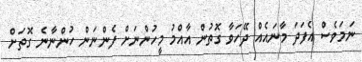
ނަމަވެސް އެފަދަ މާނައެއް ދޭހަވާ ގޮތުން އާއްމު މީހުންނަށް ފެންނަން ހުންނާނެ ގޮތަށް